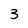
Character: 3